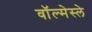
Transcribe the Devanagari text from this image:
वॉल्मेस्ले